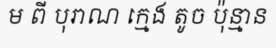
ម ពី បុរាណ ក្មេង តូច ប៉ុន្មាន